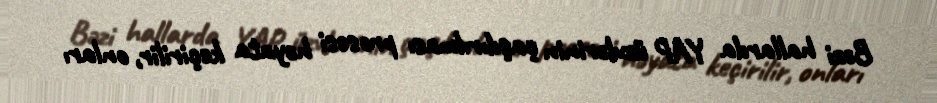
Bəzi hallarda YAP üzvlərinin çaşdırılması prosesi həyata keçirilir, onları